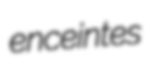
enceintes